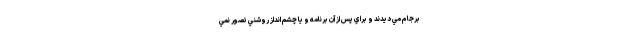
برجام مي ديدند و براي پس از آن برنامه و يا چشم انداز روشني تصور نمي